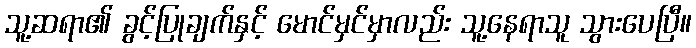
သူ့ဆရာ၏ ခွင့်ပြုချက်နှင့် မောင်မှင်မှာလည်း သူ့နေရာသူ သွားပေပြီ။